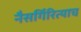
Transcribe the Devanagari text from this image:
नैसर्गिरित्याच